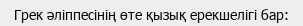
Грек әліппесінің өте қызық ерекшелігі бар: